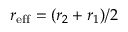
r _ { \mathrm { e f f } } = ( r _ { 2 } + r _ { 1 } ) / 2